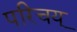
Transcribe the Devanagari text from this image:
परिचय्